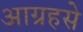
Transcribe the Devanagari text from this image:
आग्रहसे